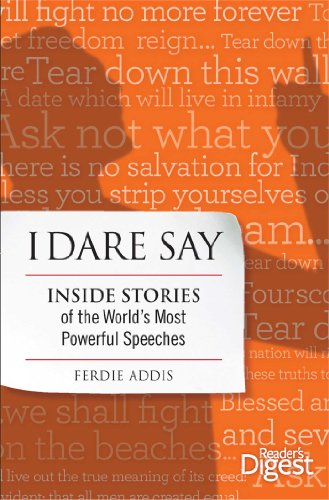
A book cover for I Dare Say: Inside Stories of the World's Most Powerful Speeches; Ferdie Addis; Literature & Fiction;